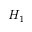
H _ { 1 }